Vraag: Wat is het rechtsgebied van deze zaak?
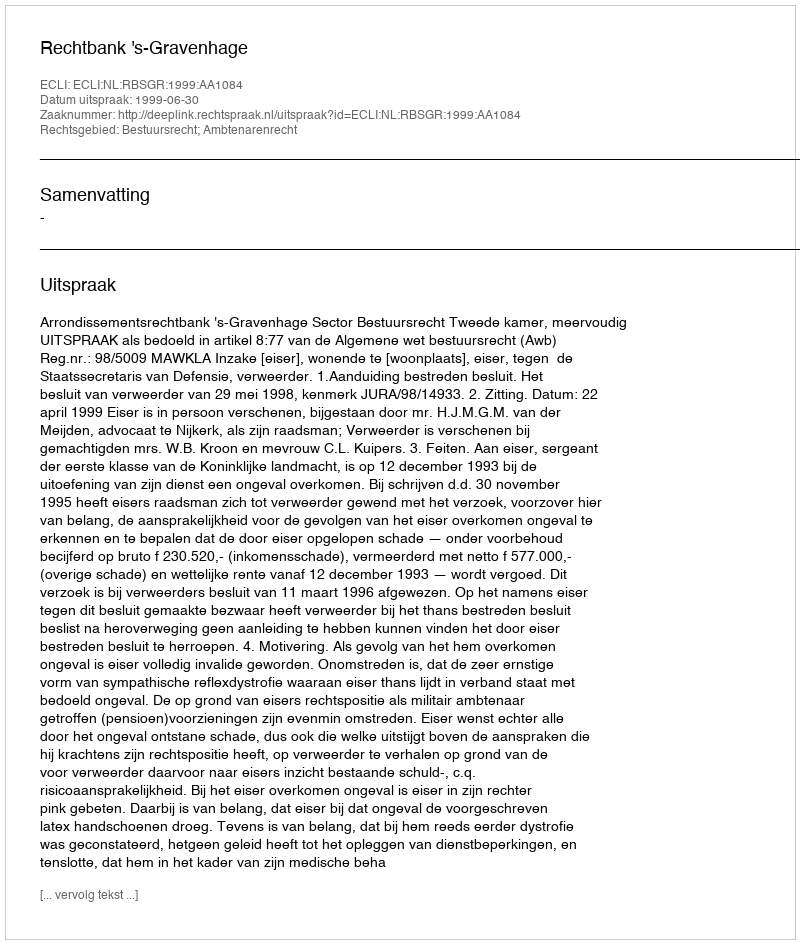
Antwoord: Bestuursrecht; Ambtenarenrecht